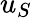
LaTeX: u_{S}